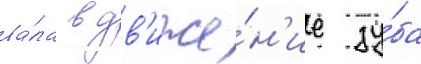
ва́ла в дв'иже́н'ие зу́ба